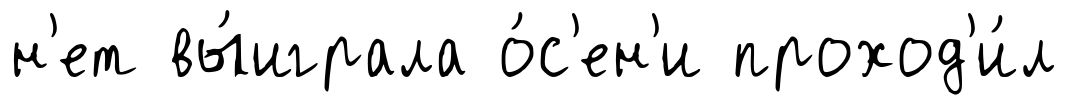
н'ет вы́играла о́с'ен'и проход'и́л